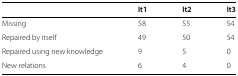
|  | It1 | It2 | It3 |
 | --- | --- | --- | --- |
 | Missing | 58 | 55 | 54 |
 | Repaired by itself | 49 | 50 | 54 |
 | Repaired using new knowledge | 9 | 5 | 0 |
 | New relations | 6 | 4 | 0 |